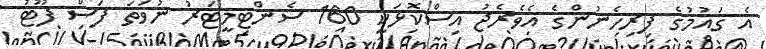
އެ ގައުމުގެ ފިރިހެނުންގެ އެވެރެޖު އިސްކޮޅަކީ 160 ސެންޓިމީޓަރު ނުވަތަ ފަސް ފޫޓު